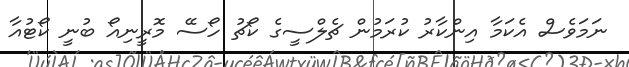
ނަމަވެސް އެކަމާ އިންކާރު ކުރަމުން ޗެލްސީގެ ކޯޗު ހޯސޭ މޮރީނިއޯ ބުނީ ކޯޓުއާ